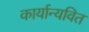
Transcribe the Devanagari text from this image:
कार्यान्यवित